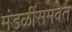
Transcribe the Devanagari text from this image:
मंडळींसमवेत